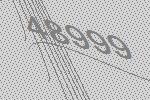
48999